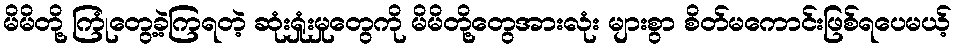
မိမိတို့ ကြုံတွေ့ခဲ့ကြရတဲ့ ဆုံးရှုံးမှုတွေကို မိမိတို့တွေအားလုံး များစွာ စိတ်မကောင်းဖြစ်ရပေမယ့်